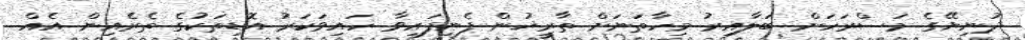
ދުނިޔޭގެ މަސްރަހަށް ބަލާއިރު މިހާތަނަށް ތާރީޚުން ފެނިފައިވާ ހައިވަކަރު އޮޑިތަކުގެ ތެރެއިން އެއް